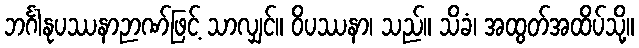
ဘင်္ဂါနုပဿနာဉာဏ်ဖြင့် သာလျှင်။ ဝိပဿနာ၊ သည်။ သိခံ၊ အထွတ်အထိပ်သို့။